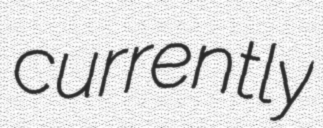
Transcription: currently